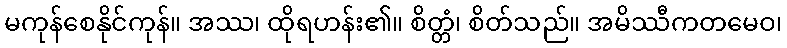
မကုန်စေနိုင်ကုန်။ အဿ၊ ထိုရဟန်း၏။ စိတ္တံ၊ စိတ်သည်။ အမိဿီကတမေဝ၊